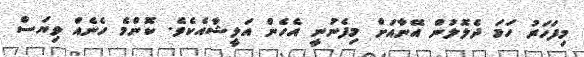
މިފަހަރު ހަމަ ދެލޮލުން އޭނާއަށް މިފެނުނީ އެހެން އަލީޝާއެކެވެ. ކޮންމެ ހެނެއް ވިޔަސް